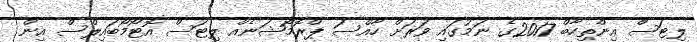
ލިޓަސް އިންތިހާބް 2017ގެ ނަމުގައި ވަރަށް ހާއްސަ ޕްރޮމޯޝަނެއް ލިޓަސް އޮޓޯމޯބައިލްސް އިން